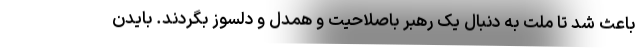
باعث شد تا ملت به دنبال یک رهبر باصلاحیت و همدل و دلسوز بگردند. بایدن